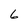
Character: 6